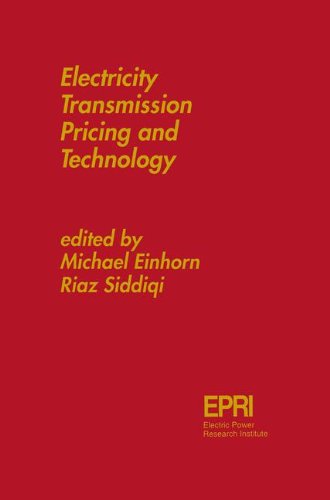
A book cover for Electricity Transmission Pricing and Technology; Business & Money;